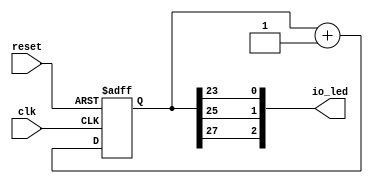
// Generator : SpinalHDL v1.4.0    git head : ecb5a80b713566f417ea3ea061f9969e73770a7f
// Component : Test



module Test (
  output reg [2:0]    io_led,
  input               clk,
  input               reset 
);
  reg        [31:0]   status;

  always @ (*) begin
    io_led[0] = status[23];
    io_led[1] = status[25];
    io_led[2] = status[27];
  end

  always @ (posedge clk or posedge reset) begin
    if (reset) begin
      status <= 32'h0;
    end else begin
      status <= (status + 32'h00000001);
    end
  end


endmodule